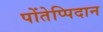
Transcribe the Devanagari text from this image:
पोंतेप्पिदान